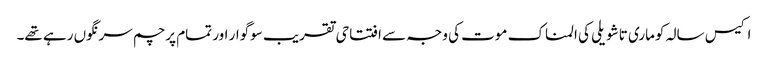
اکیس سالہ کوماری تاشویلی کی المناک موت کی وجہ سے افتتاحی تقریب سوگوار اور تمام پرچم سرنگوں رہے تھے۔